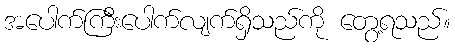
အပေါက်ကြီးပေါက်လျက်ရှိသည်ကို တွေ့ရသည်။